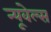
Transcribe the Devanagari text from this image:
न्यूवेल्स